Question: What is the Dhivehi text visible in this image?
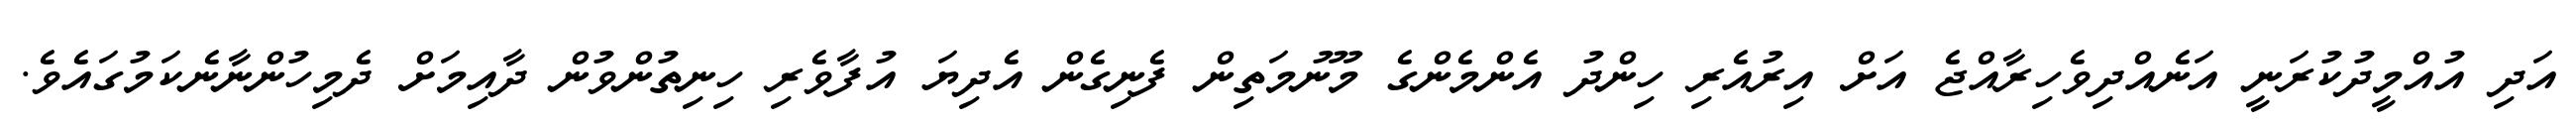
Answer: އަދި އުއްމީދުކުރަނީ އަނެއްދިވެހިރާއްޖެ އަށް އިރުއެރި ހިންދު އެންމެންގެ މޫނުމަތިން ފެނިގެން އެދިޔަ އުފާވެރި ހިނިތުންވުން ދާއިމަށް ދެމިހުންނާނެކަމުގައެވެ.